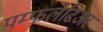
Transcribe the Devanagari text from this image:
पम्फलेटिअर